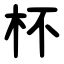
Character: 杯